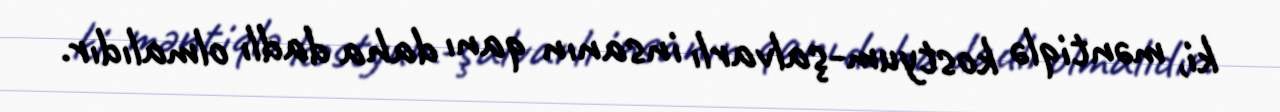
ki, məntiqlə kostyum-şalvarlı insanın qanı daha dadlı olmalıdır.